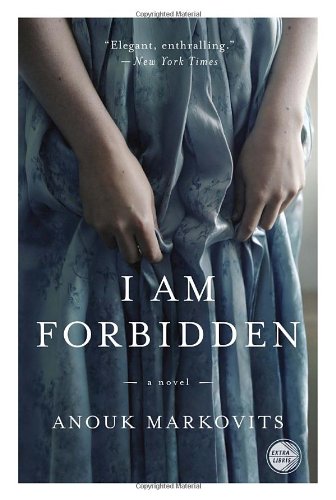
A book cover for I Am Forbidden: A Novel; Anouk Markovits; Literature & Fiction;